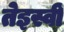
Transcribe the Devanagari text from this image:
तेइस्वीं